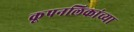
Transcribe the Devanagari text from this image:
कूपनलिकांच्या